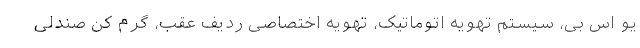
یو اس بی، سیستم تهویه اتوماتیک، تهویه اختصاصی ردیف عقب، گرم کن صندلی